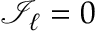
\mathcal { I } _ { \ell } = 0